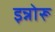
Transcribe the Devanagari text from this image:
इन्नोरू